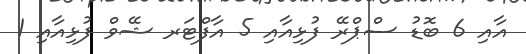
އާއި 6 ބޮޑު ސްޕްރޭ ފުޅިއާއި 5 އާފްޓަރ ޝޭވް ފުޅިއާއި 1